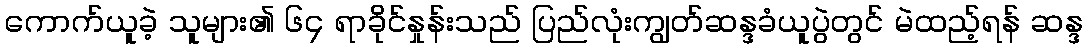
ကောက်ယူခဲ့ သူများ၏ ၆၄ ရာခိုင်နှုန်းသည် ပြည်လုံးကျွတ်ဆန္ဒခံယူပွဲတွင် မဲထည့်ရန် ဆန္ဒ